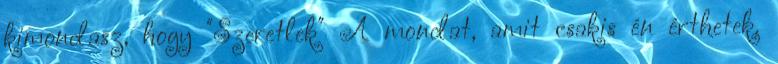
kimondasz, hogy "Szeretlek" A mondat, amit csakis én érthetek.